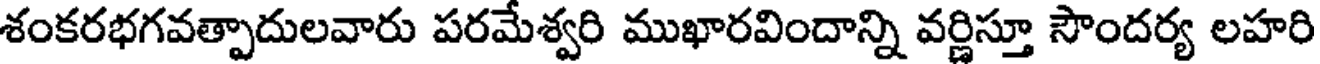
శంకరభగవత్పాదులవారు పరమేశ్వరి ముఖారవిందాన్ని వర్ణిస్తూ సౌందర్య లహరి